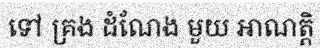
ទៅ គ្រង ដំណែង មួយ អាណត្តិ